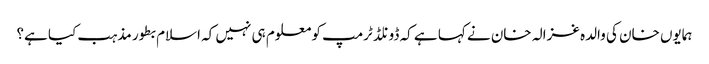
ہمایوں خان کی والدہ غزالہ خان نے کہا ہے کہ ڈونلڈ ٹرمپ کو معلوم ہی نہیں کہ اسلام بطور مذہب کیا ہے؟